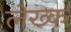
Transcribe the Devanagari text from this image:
लेख्क